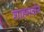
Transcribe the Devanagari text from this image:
शाहमर्दान